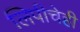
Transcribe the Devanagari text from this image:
लिपीचेही